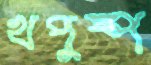
খপুষ্প